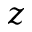
z